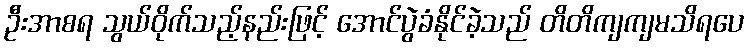
ဦးအာစရ သွယ်ဝိုက်သည့်နည်းဖြင့် အောင်ပွဲခံနိုင်ခဲ့သည် တိတိကျကျမသိရပေ